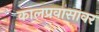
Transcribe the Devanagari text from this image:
कालप्रवासावर